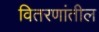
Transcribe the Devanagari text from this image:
वितरणांतील